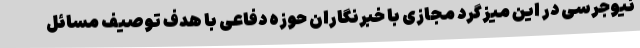
نیوجرسی در این میزگرد مجازی با خبرنگاران حوزه دفاعی با هدف توصیف مسائل